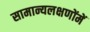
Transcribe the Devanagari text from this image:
सामान्यलक्षणोंमें